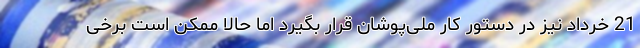
21 خرداد نیز در دستور کار ملی‌پوشان قرار بگیرد اما حالا ممکن است برخی